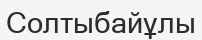
Солтыбайұлы